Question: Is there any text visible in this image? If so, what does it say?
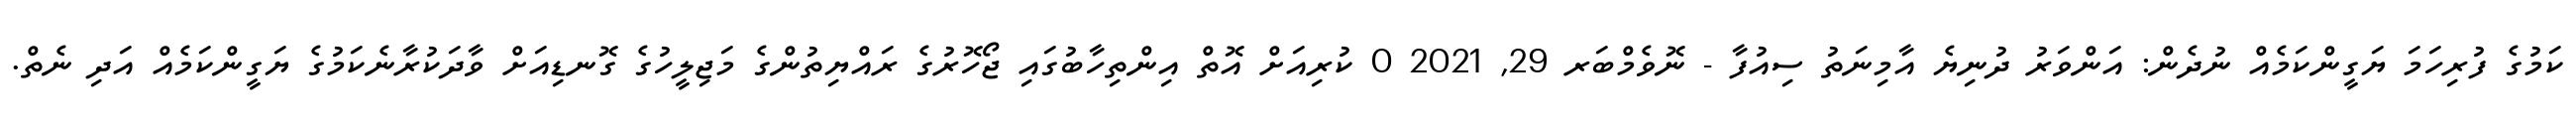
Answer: ކަމުގެ ފުރިހަމަ ޔަގީންކަމެއް ނުދެން: އަންވަރު ދުނިޔެ އާމިނަތު ސިއުފާ - ނޮވެމްބަރ 29, 2021 0 ކުރިއަށް އޮތް އިންތިހާބުގައި ޖޯހޮރުގެ ރައްޔިތުންގެ މަޖިލީހުގެ ގޮނޑިއަށް ވާދަކުރާނެކަމުގެ ޔަގީންކަމެއް އަދި ނެތް.